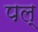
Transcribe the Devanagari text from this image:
पल्